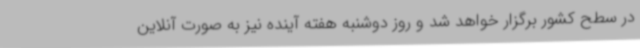
در سطح کشور برگزار خواهد شد و روز دوشنبه هفته آینده نیز به صورت آنلاین